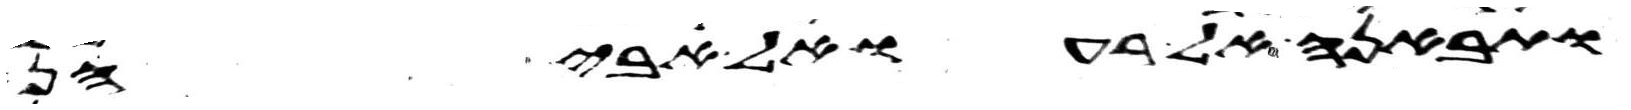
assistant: ותבאנה אל רעואל אביהן